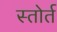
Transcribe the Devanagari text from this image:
स्तोर्त